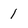
Character: 1